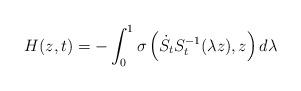
LaTeX: \begin{align*}H(z,t)=-\int_{0}^{1}\sigma\left( \dot{S}_{t}S_{t}^{-1}(\lambda z),z\right)d\lambda\end{align*}